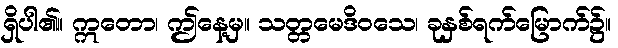
ရှိပါ၏။ ဣတော၊ ဤနေ့မှ။ သတ္တမေဒိဝသေ၊ ခုနှစ်ရက်မြောက်၌။